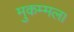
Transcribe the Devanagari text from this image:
मुकम्मल।